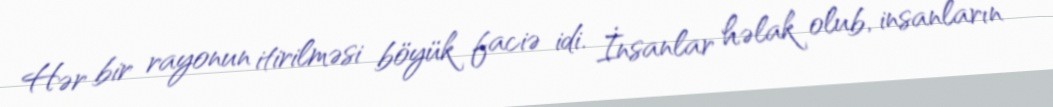
Hər bir rayonun itirilməsi böyük faciə idi. İnsanlar həlak olub, insanların